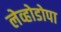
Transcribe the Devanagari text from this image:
लेव्होडोपा